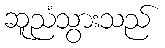
ဆူညံသွားသည်